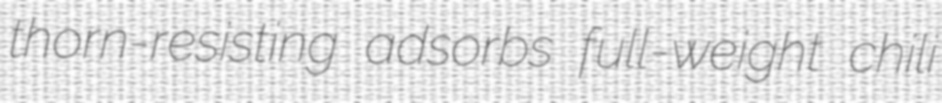
thorn-resisting adsorbs full-weight chili